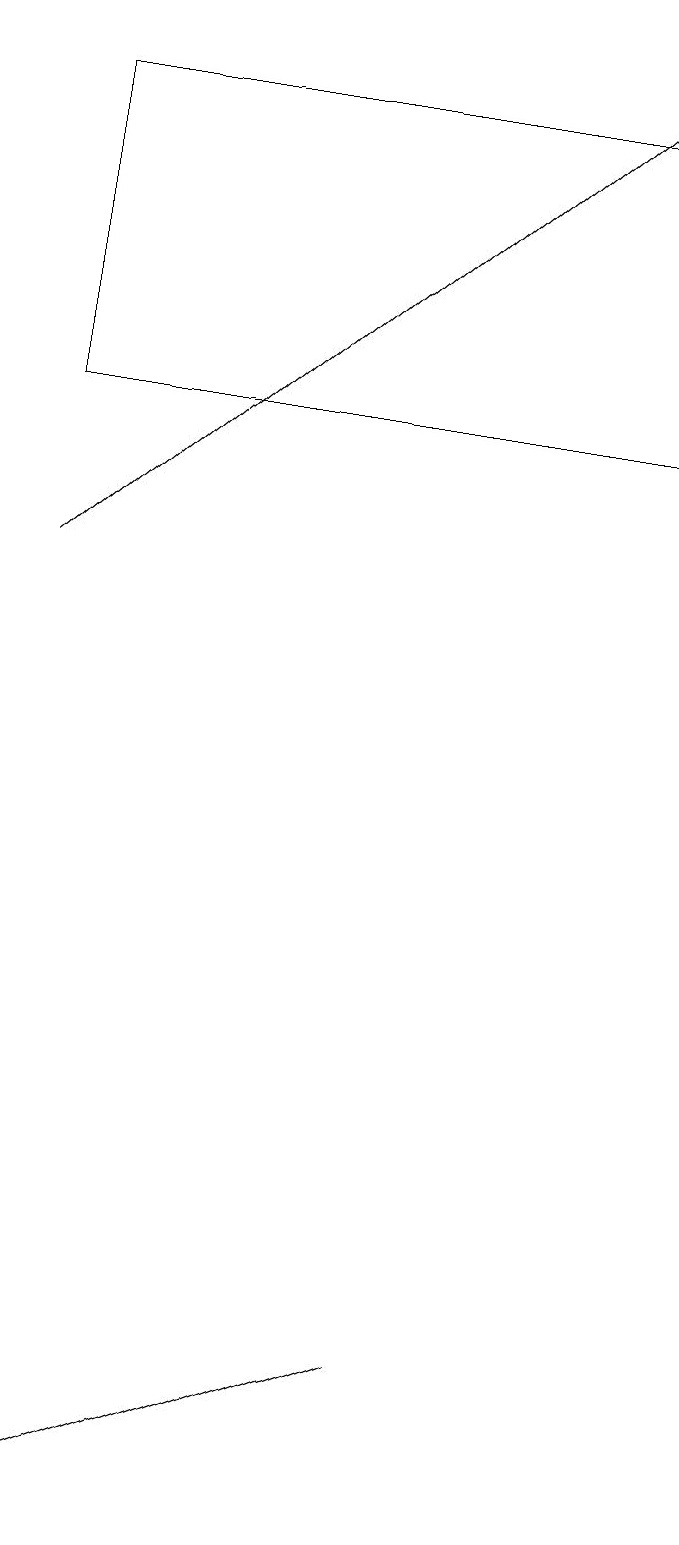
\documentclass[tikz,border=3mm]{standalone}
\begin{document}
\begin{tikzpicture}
\draw (6,2) -- (1,0) -- (1,0) -- cycle;
\draw[->] (1,12) -- (9,19);
\draw (9,14) rectangle (1,18);
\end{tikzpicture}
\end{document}